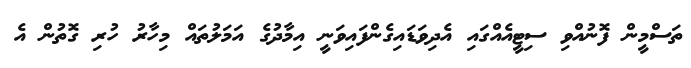
ތަސްމީން ފޮނުއްވި ސިޓީއެއްގައި އެދިވަޑައިގެންފައިވަނީ އިމާދުގެ އަމަލުތައް މިހާރު ހުރި ގޮތުން އެ